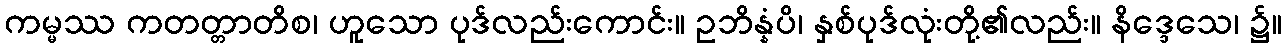
ကမ္မဿ ကတတ္တာတိစ၊ ဟူသော ပုဒ်လည်းကောင်း။ ဥဘိန္နံပိ၊ နှစ်ပုဒ်လုံးတို့၏လည်း။ နိဒ္ဒေသေ၊ ၌။